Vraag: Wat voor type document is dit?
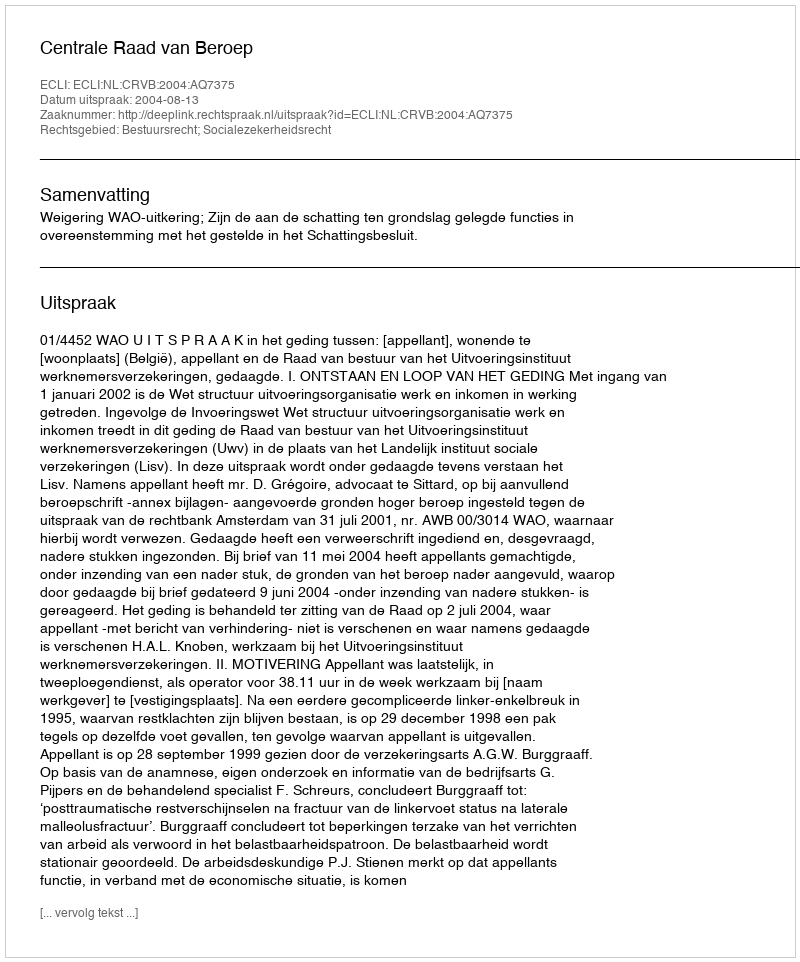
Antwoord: Uitspraak